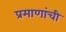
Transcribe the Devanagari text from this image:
प्रमाणांची